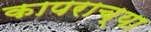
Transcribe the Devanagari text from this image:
कापराच्या